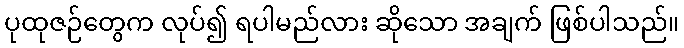
ပုထုဇဉ်တွေက လုပ်၍ ရပါမည်လား ဆိုသော အချက် ဖြစ်ပါသည်။